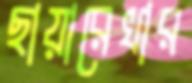
ছায়ারেখার